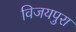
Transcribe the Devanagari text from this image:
विजयपुरा